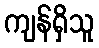
ကျန်ရှိသူ